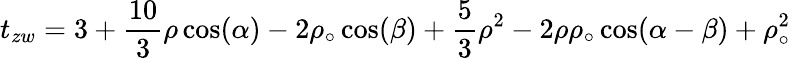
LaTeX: t_{zw}=3+\frac{10}3\rho\cos(\alpha)-2\rho_{\circ}\cos(\beta)+\frac 53\rho^{2}-2\rho\rho_{\circ}\cos(\alpha-\beta)+\rho_{\circ}^{2}